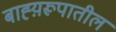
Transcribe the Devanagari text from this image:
बाह्य़रूपातील